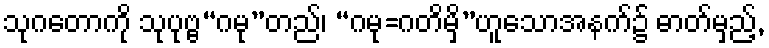
သုဂတောကို သုပုဗ္ဗ“ဂမု”တည်၊ “ဂမု=ဂတိမှိ”ဟူသောအနက်၌ ဓာတ်မှည့်,